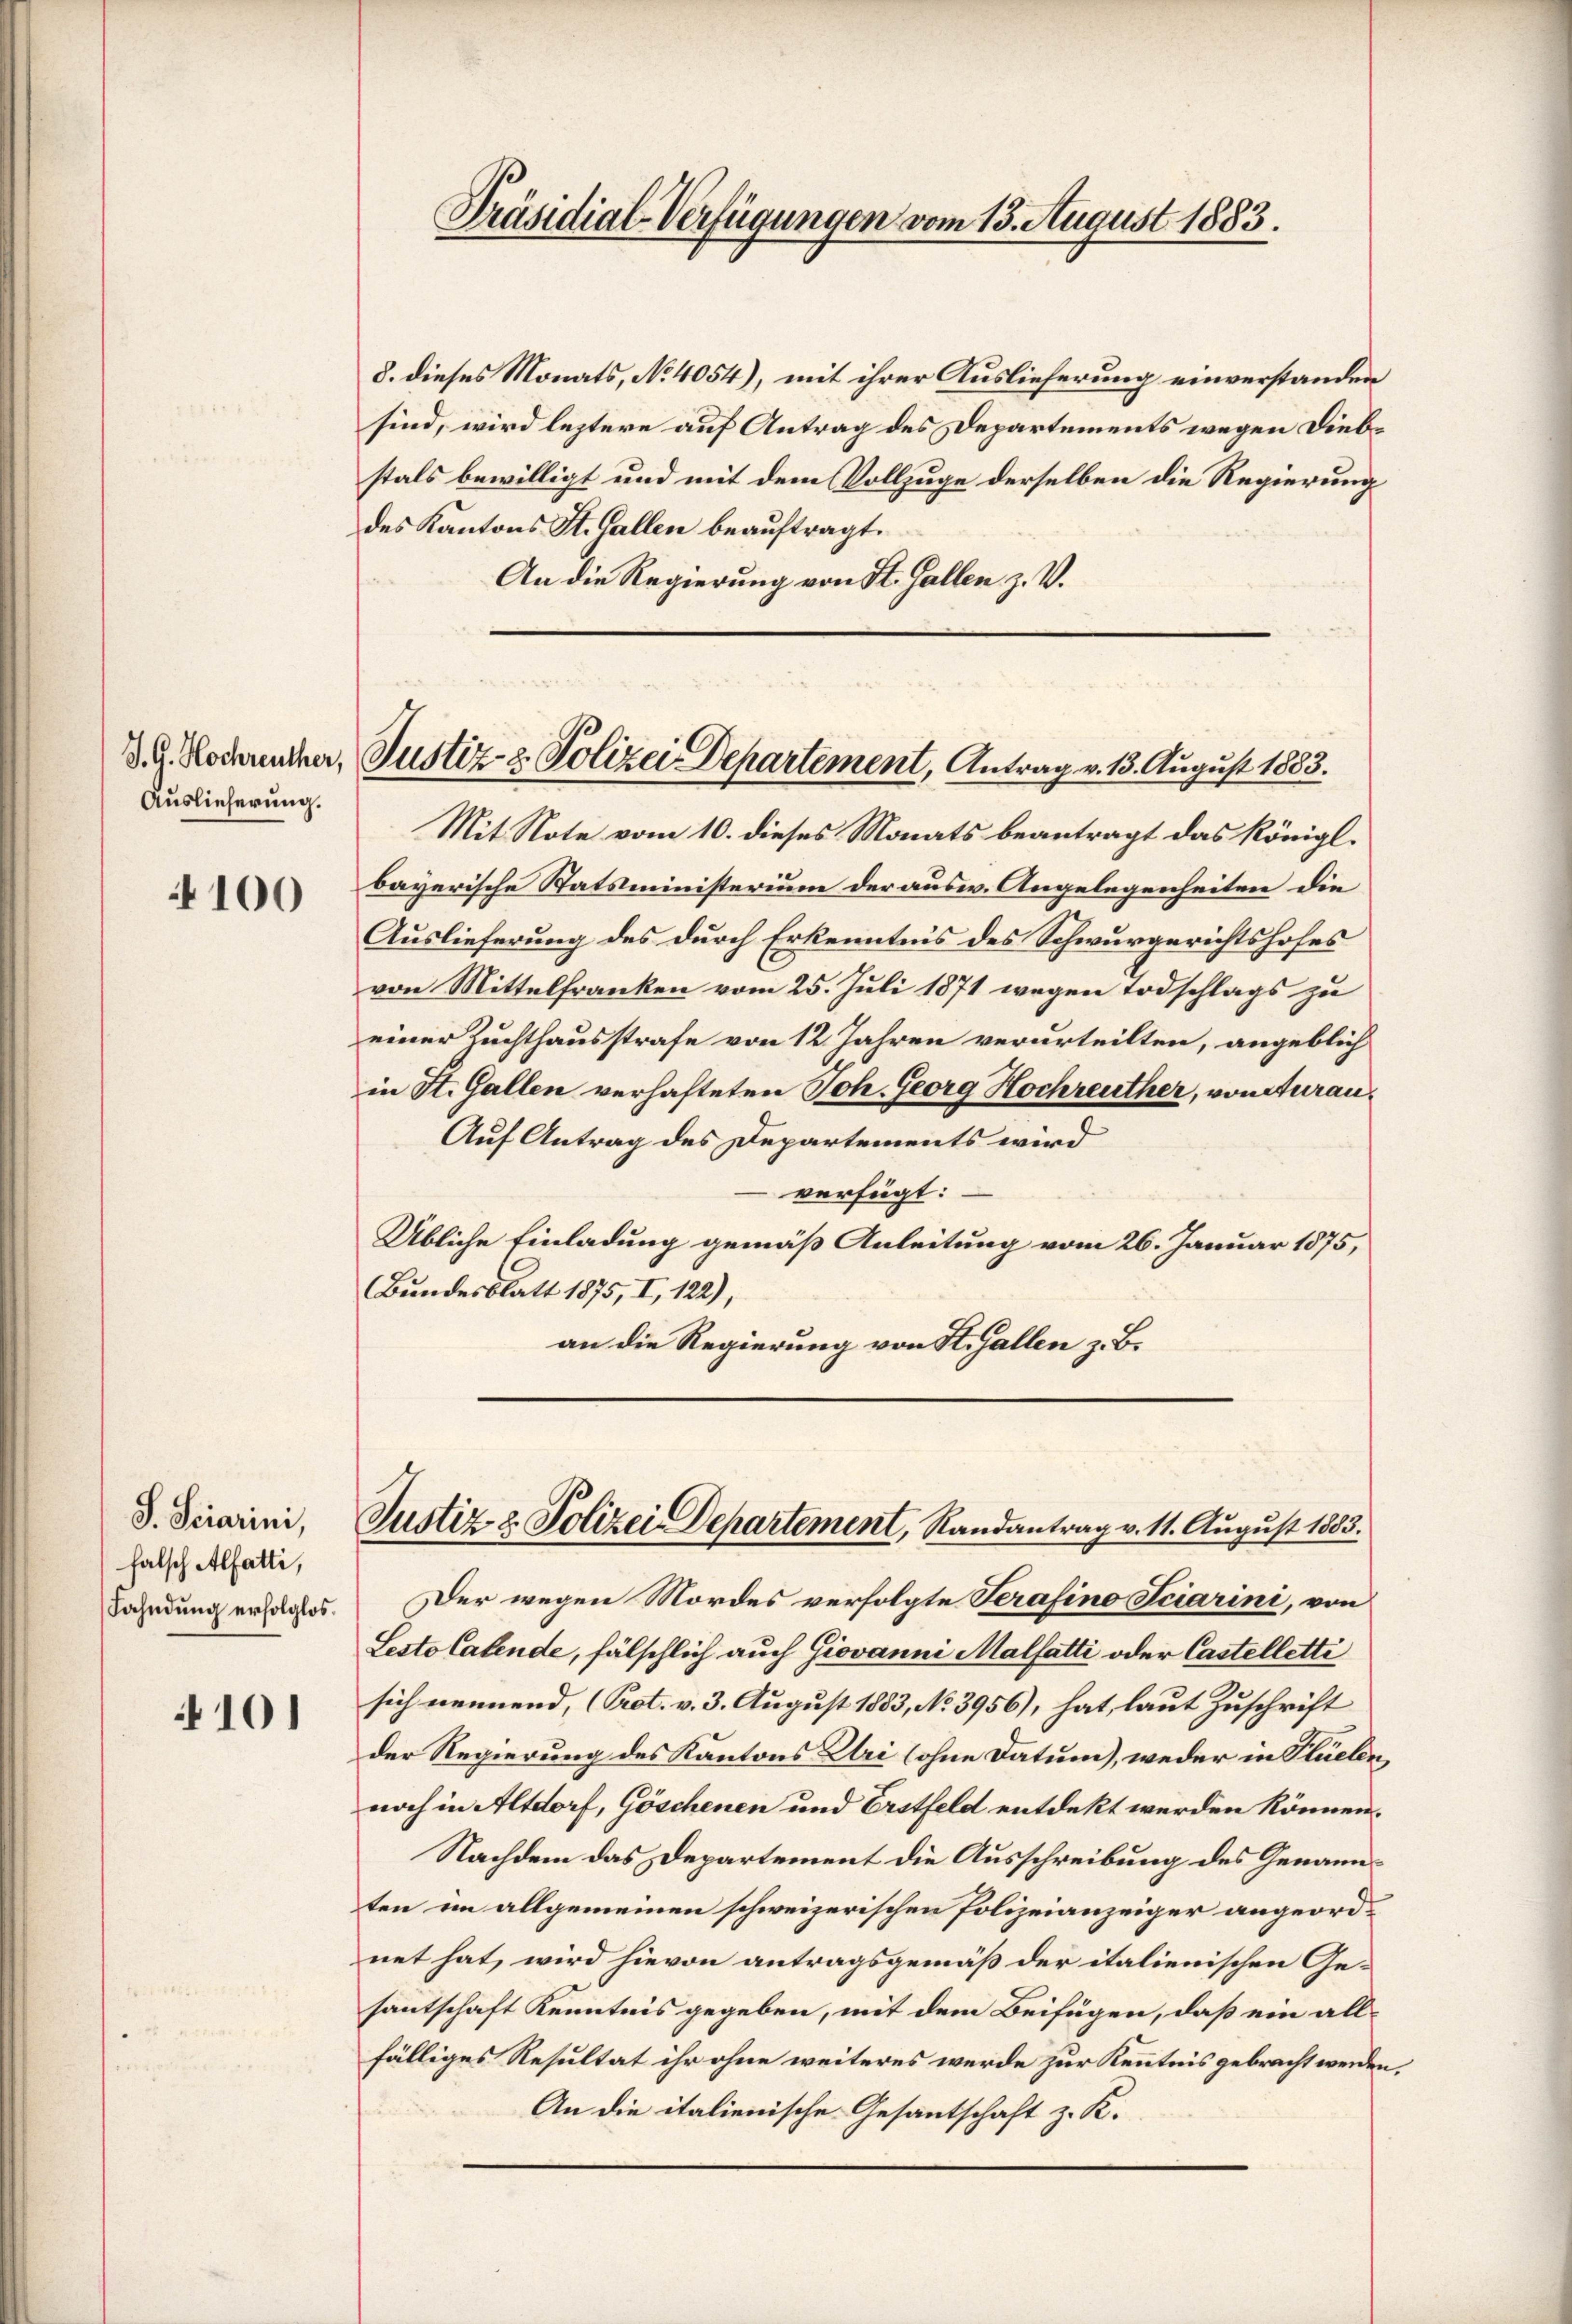
Auslieferung.

100

S. Seiarini,
falsch Alfatti,
Fahndung erfolglos.

4101

8. dieses Monats, No 4054), mit ihrer Auslieferung einverstanden
sind, wird leztere auf Antrag des Departements wegen Diebstals bewilligt und mit dem Vollzuge derselben die Regierung
des Kantons St. Gallen beauftragt.
An die Regierung von St. Gallen z. V.

Präsidial-Verfügungen vom 13. August 1883.

d. G. Kochreuther, Justiz- & Polizei Departement, Antrag v. 13. August 1883.

Mit Note vom 10. dieses Monats beantragt das Königl.
bayerische Statsministerium der ausw. Angelegenheiten die
Auslieferung des durch Erkenntnis des Schwurgerichtshofes
von Mittelfranken vom 25. Juli 1871 wegen Todschlags zu
einer Zuchthausstrafe von 12 Jahren verurteilten, angeblich
in St. Gallen verhafteten Joh. Georg Hochreuther, von Aurau¬
Auf Antrag des Departements wird
verfügt:
Übliche Einladung gemäß Anleitung vom 26. Januar 1875,
Bundesblatt 1875, I, 122),
an die Regierung von St. Gallen z. B.

Justiz- & Polizei Departement, Randantrag v. 11. August 1883.

Der wegen Mordes verfolgte Serafino Sciarini, von
Lesto Catende, fälschlich auch Giovanni Malfatti oder Castelletti
sich nennend, (Prot. v. 3. August 1883, No 3956), hat, laut Zuschrift
der Regierung des Kantons Uri (ohne Datum), weder in Flüelen,
noch in Altdorf, Göschenen und Erstfeld entdekt werden können.
Nachdem das Departement die Ausschreibung des Genannten im allgemeinen schweizerischen Polizeianzeiger angeordnet hat, wird hievon antragsgemäß der italienischen Ge-
santschaft Kenntnis gegeben, mit dem Beifügen, daß ein allfälliges Resultat ihr ohne weiteres werde zur Kenntnis gebracht werden.
An die italienische Gesantschaft z. K.